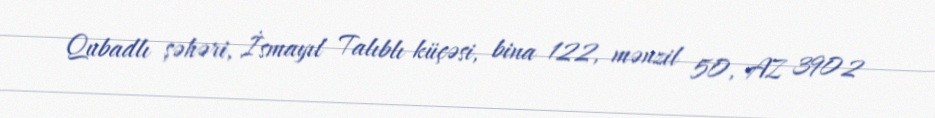
Qubadlı şəhəri, İsmayıl Talıblı küçəsi, bina 122, mənzil 50, AZ 3902